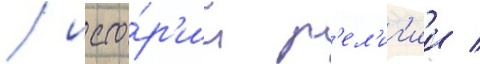
/ исто́р'ии р'ел'иг'ии /